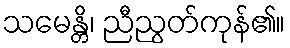
သမေန္တိ၊ ညီညွတ်ကုန်၏။